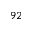
9 2